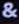
&